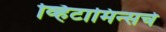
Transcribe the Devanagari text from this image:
व्हिटामिन्‍सचे